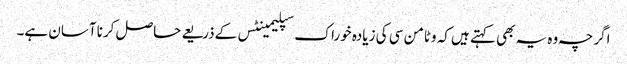
اگرچہ وہ یہ بھی کہتے ہیں کہ وٹامن سی کی زیادہ خوراک سپلیمینٹس کے‌ذریعے حاصل کرنا آسان ہے۔